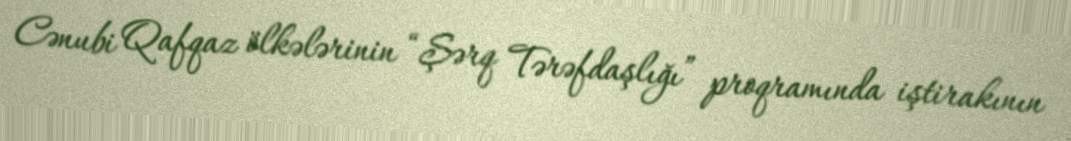
Cənubi Qafqaz ölkələrinin “Şərq Tərəfdaşlığı” proqramında iştirakının